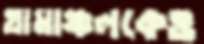
গ্রামাঞ্চলকেও